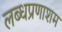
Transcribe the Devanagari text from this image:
लब्धप्रणाशम